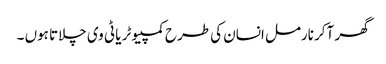
گھر آکر نارمل انسان کی طرح کمپیوٹر یا ٹی وی چلاتا ہوں ۔